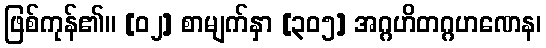
ဖြစ်ကုန်၏။ [၀၂] စာမျက်နှာ [၃၀၅] အဂ္ဂဟိတဂ္ဂဟဏေန၊